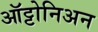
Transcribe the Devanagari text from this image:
ऑट्टोनिअन